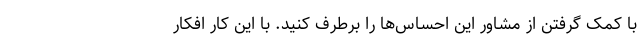
با کمک گرفتن از مشاور این احساس‌ها را برطرف کنید. با این کار افکار